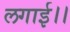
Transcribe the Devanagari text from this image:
लगाई।।